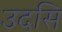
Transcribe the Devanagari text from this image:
उदसि